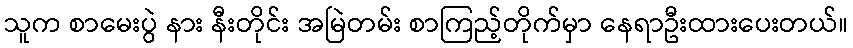
သူက စာမေးပွဲ နား နီးတိုင်း အမြဲတမ်း စာကြည့်တိုက်မှာ နေရာဦးထားပေးတယ်။